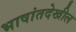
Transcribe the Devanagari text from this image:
भाषांतदेखील